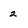
Character: 2